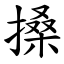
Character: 搡